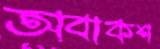
অবাকশ